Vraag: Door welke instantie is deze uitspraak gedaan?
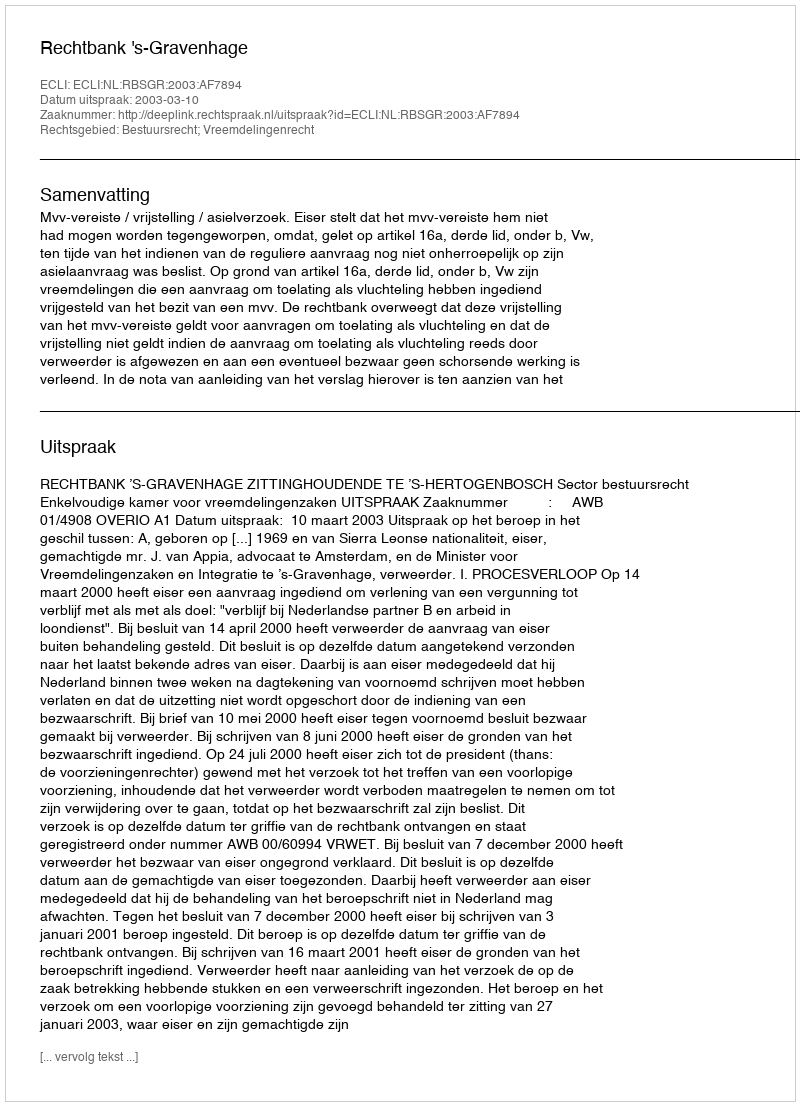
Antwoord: Rechtbank 's-Gravenhage